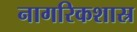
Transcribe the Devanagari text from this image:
नागरिकशास्र